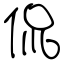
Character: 侃